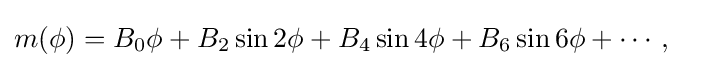
{\begin{aligned}m(\phi )&=B_{0}\phi +B_{2}\sin 2\phi +B_{4}\sin 4\phi +B_{6}\sin 6\phi +\cdots ,\end{aligned}}